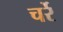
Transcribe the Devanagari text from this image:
चर्रे